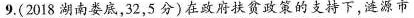
9.(2018湖南娄底，32，5分)在政府扶贫政策的支持下，涟源市